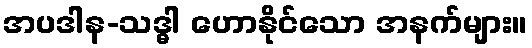
အပဒါန-သဒ္ဓါ ဟောနိုင်သော အနက်များ။